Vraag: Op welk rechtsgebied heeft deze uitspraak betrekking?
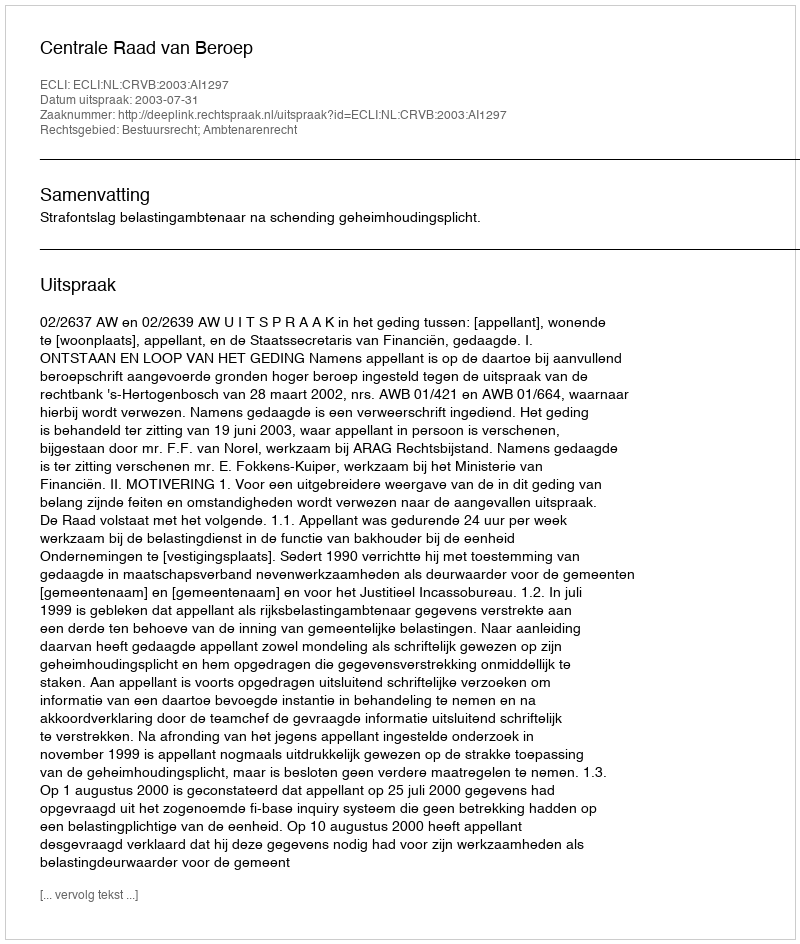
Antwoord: Bestuursrecht; Ambtenarenrecht